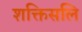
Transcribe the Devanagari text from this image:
शक्तिसलि